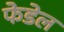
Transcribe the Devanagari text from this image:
फेडेल